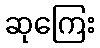
ဆုကြေး